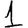
Digit: 1